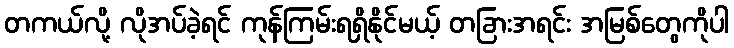
တကယ်လို့ လိုအပ်ခဲ့ရင် ကုန်ကြမ်းရရှိနိုင်မယ့် တခြားအရင်း အမြစ်တွေကိုပါ